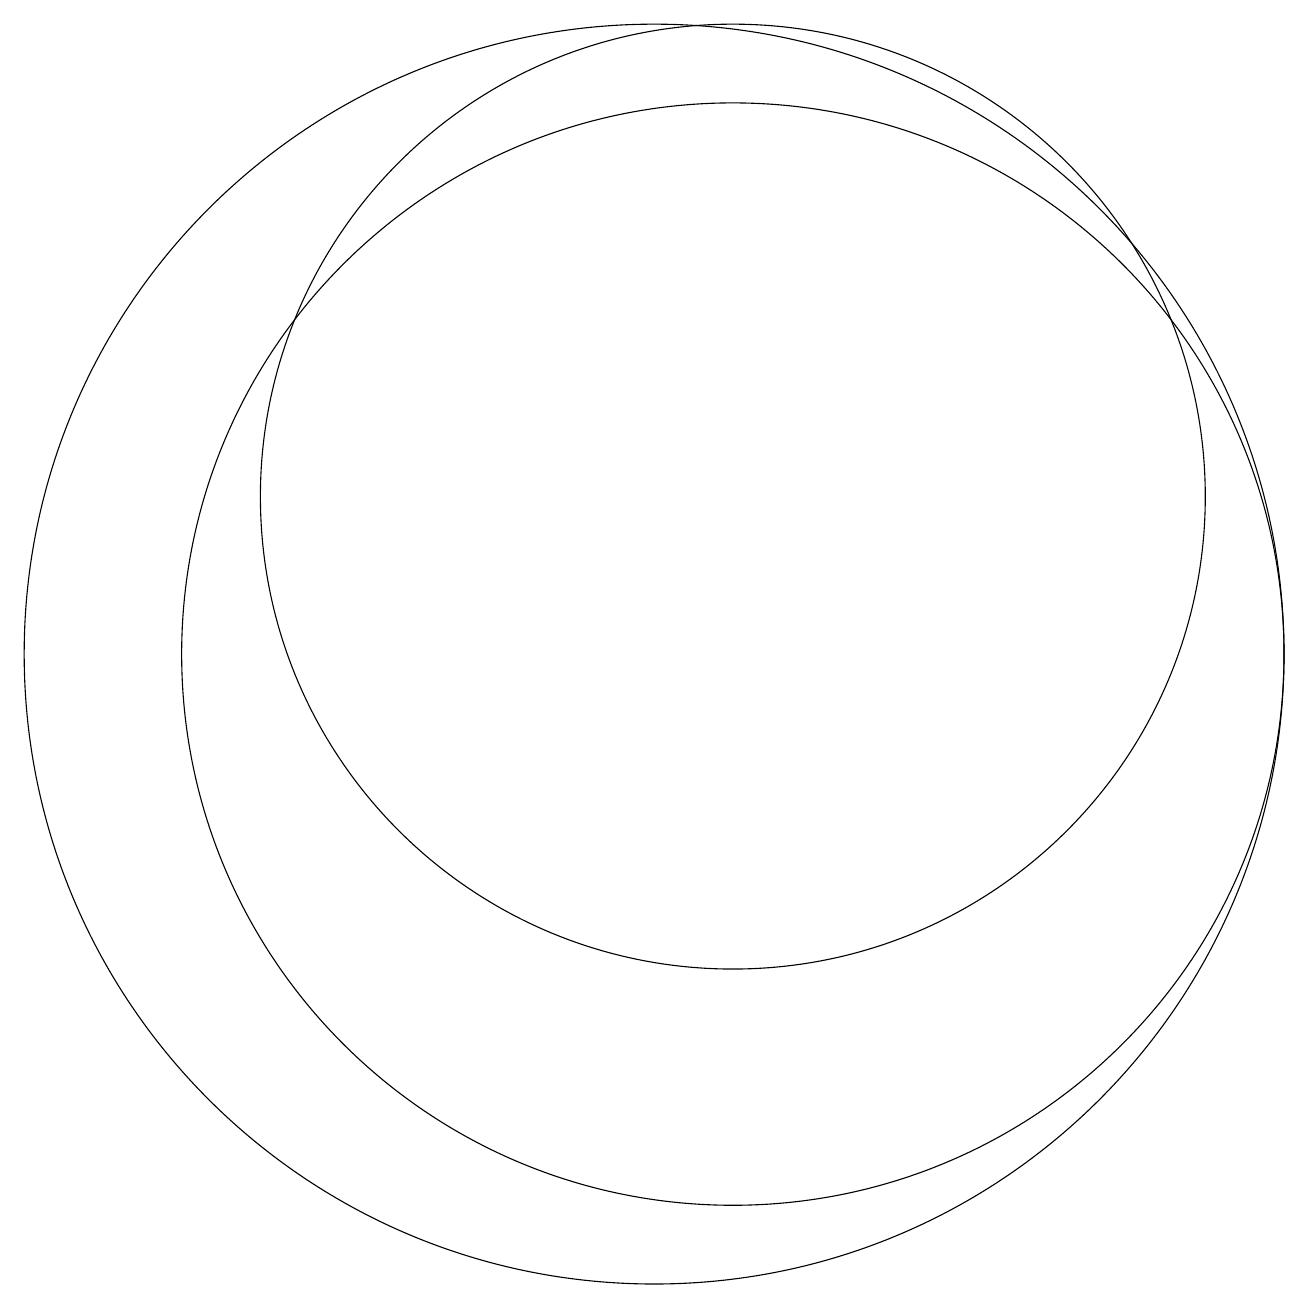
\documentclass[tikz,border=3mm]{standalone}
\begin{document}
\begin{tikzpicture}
\draw (11,10) circle (7);
\draw (10,10) circle (8);
\draw (11,12) circle (6);
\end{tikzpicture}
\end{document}